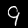
Digit: 9